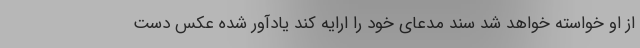
از او خواسته خواهد شد سند مدعای خود را ارایه کند یادآور شده عکس دست